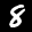
Label: 8